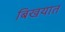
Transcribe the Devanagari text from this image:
बिखयात